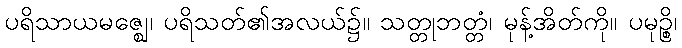
ပရိသာယမဇ္ဈေ၊ ပရိသတ်၏အလယ်၌။ သတ္တုဘတ္တံ၊ မုန့်အိတ်ကို။ ပမုဉ္စိ၊